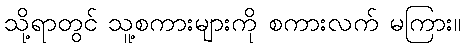
သို့ရာတွင် သူ့စကားများကို စကားလက် မကြား။